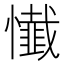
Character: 懴